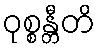
ဝုစ္စန္တီတိ